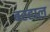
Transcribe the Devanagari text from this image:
बरहाल